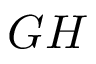
G H